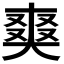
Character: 𭑘